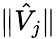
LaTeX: \| \hat{V}_{j}\|